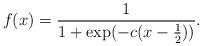
LaTeX: \begin{align*} f(x) = \frac{1}{1 + \exp(-c(x - \frac{1}{2}))}. \end{align*}